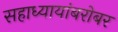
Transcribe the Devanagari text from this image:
सहाध्यायांबरोबर